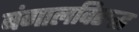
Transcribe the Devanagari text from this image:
बंगालविरुद्ध